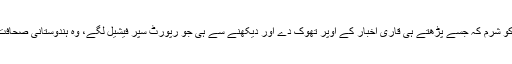
نہ ایڈیٹر کو کوئی شرم، نہ رپورٹر کو شرم کہ جسے پڑھتے ہی قاری اخبار کے اوپر تھوک دے اور دیکھنے سے ہی جو رپورٹ سپر فیشیل لگے، وہ ہندوستانی صحافت کو شرم ناک کرنے والا واقعہ ہے۔